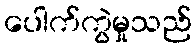
ပေါက်ကွဲမှုသည်